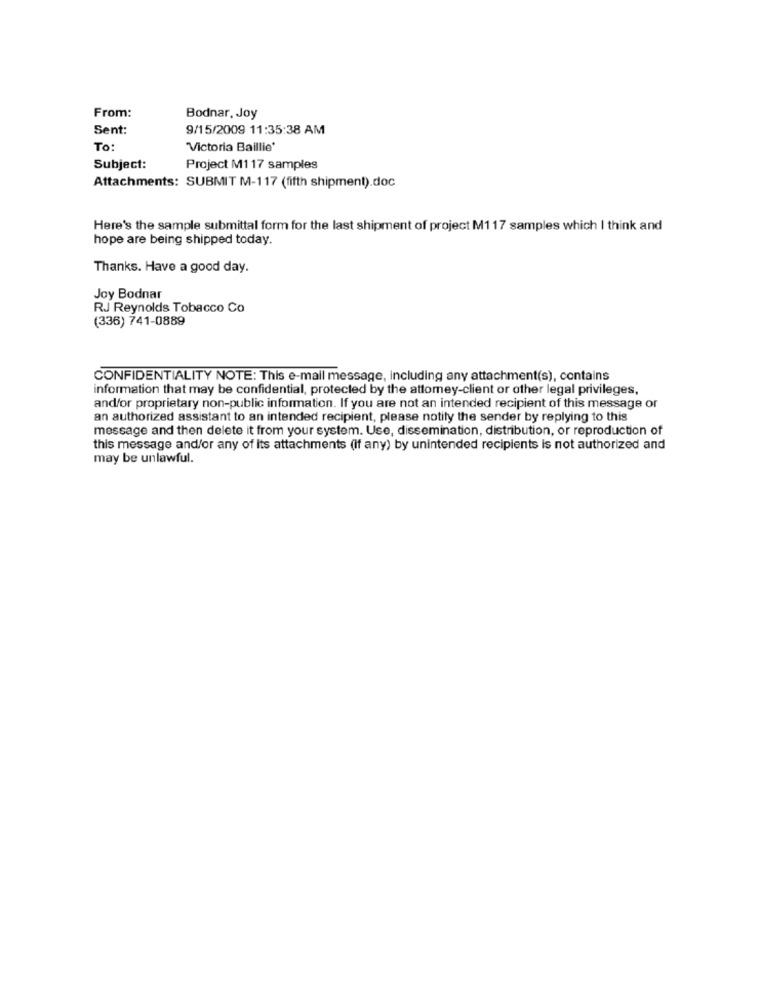
From:
Bodnar, Joy
Sent:
9/15/2009 11:35:38 AM
To:
"Victoria Baillie'
Subject:
Project M1 17 samples
Attachments: SUBMIT M-117 (fifth shipment).doc
Here's the sample submittal form for the last shipment of project M117 samples which I think and
hope are being shipped today.
Thanks. Have a good day.
Joy Bodnar
RJ Reynolds Tobacco Co
(336) 741-0889
CONFIDENTIALITY NOTE: This e-mail message, including any attachment(s), contains
information that may be confidential, protected by the attomey-client or other legal privileges,
and/or proprietary non-public information. If you are not an intended recipient of this message or
an authorized assistant to an intended recipient, please notify the sender by replying to this
message and then delete it from your system. Use, dissemination, distribution, or reproduction of
this message and/or any of Its attachments (if any) by unintended recipients is not authorized and
may be unlawful.